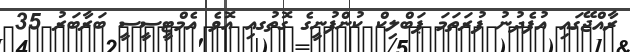
ރާއްޖޭގައި އުފެދުނު ފުރަތަމަ ޕަބްލިކް ކުންފުނީގެ ގޮތުގއި އޮވެ އެމްޓީސީސީ ބަރާބަރު 35